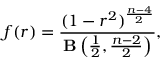
f ( r ) = { \frac { ( 1 - r ^ { 2 } ) ^ { \frac { n - 4 } { 2 } } } { \mathbf { B } \left( { \frac { 1 } { 2 } } , { \frac { n - 2 } { 2 } } \right) } } ,